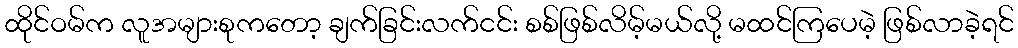
ထိုင်ဝမ်က လူအများစုကတော့ ချက်ခြင်းလက်ငင်း စစ်ဖြစ်လိမ့်မယ်လို့ မထင်ကြပေမဲ့ ဖြစ်လာခဲ့ရင်